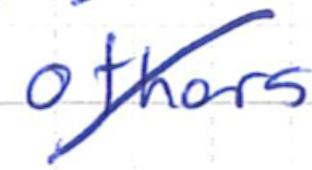
Text: others
Cross-out: diagonal
Writing tool: ballpoint